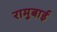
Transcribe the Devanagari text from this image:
रामुबाई